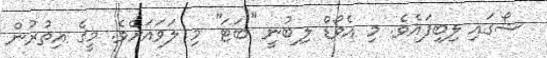
ޝޯގައި ލިބިފައެވެ. މި އެވޯޑް ލިބުނީ ''ބަޓަ'' މި ލަވައަށެވެ. މީގެ އިތުރުން